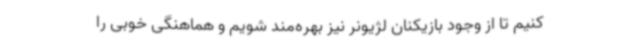
کنیم تا از وجود بازیکنان لژیونر نیز بهره‌مند شویم و هماهنگی خوبی را